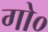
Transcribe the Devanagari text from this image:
गो०